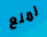
لمنع